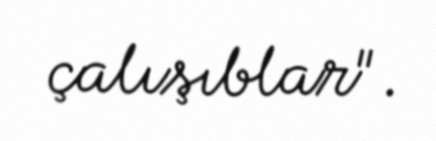
çalışıblar".